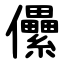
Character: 儽